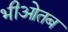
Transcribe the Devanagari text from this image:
भीओतब